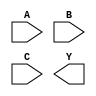
module three_input_and_gate (
    input A,
    input B,
    input C,
    output Y
);

wire A_wire, B_wire, C_wire, Y_wire;

assign A_wire = A;
assign B_wire = B;
assign C_wire = C;

and Gate1 (A_wire, B_wire, Gate1_output);
and Gate2 (Gate1_output, C_wire, Y_wire);

assign Y = Y_wire;

endmodule